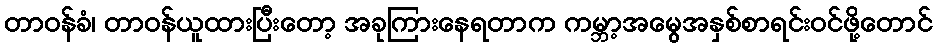
တာဝန်ခံ၊ တာဝန်ယူထားပြီးတော့ အခုကြားနေရတာက ကမ္ဘာ့အမွေအနှစ်စာရင်းဝင်ဖို့တောင်